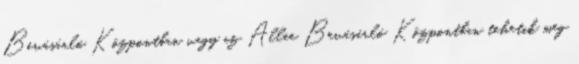
Bevásárló Központban vagy az Allee Bevásárló Központban tehetik meg